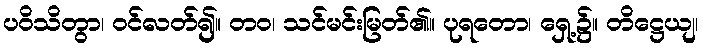
ပဝိသိတွာ၊ ဝင်လတ်၍။ တဝ၊ သင်မင်းမြတ်၏။ ပုရတော၊ ရှေ့၌။ တိဋ္ဌေယျ၊